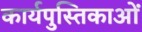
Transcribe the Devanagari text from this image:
कार्यपुस्तिकाओं